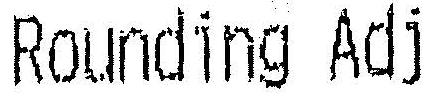
ROUNDING ADJ